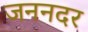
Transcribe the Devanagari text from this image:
जननदर